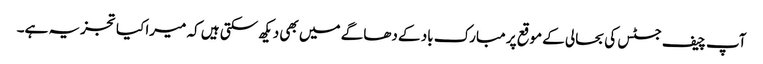
آپ چیف جسٹس کی بحالی کے موقع پر مبارک باد کے دھاگے میں بھی دیکھ سکتی ہیں کہ میرا کیا تجزیہ ہے۔